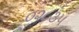
૦૨૮૩૫